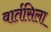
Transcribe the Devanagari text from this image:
वार्तसिला